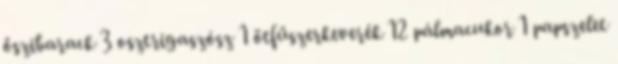
őszibarack 3 osztrigaszósz 1 ötfűszerkeverék 12 pálmacukor 1 papszelet